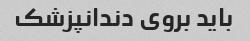
باید بروی دندانپزشک